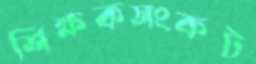
শিক্ষকসংকট